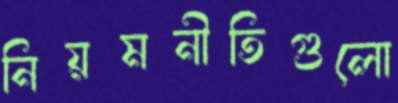
নিয়মনীতিগুলো